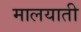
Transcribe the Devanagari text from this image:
मालयाती